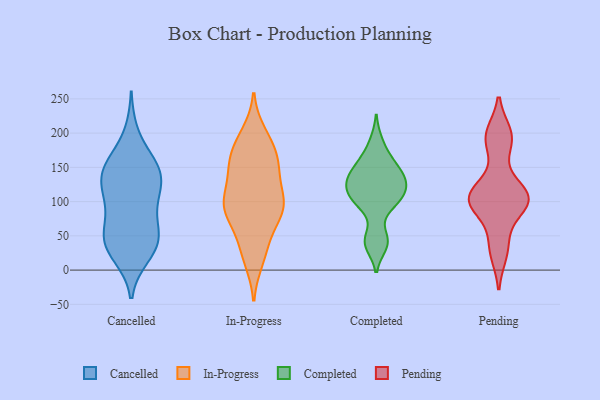
{"axis": {"x": "Shipments", "y": "Value"}, "legend": ["Cancelled", "Completed", "In-Progress", "Pending"], "data": [{"x": "", "y": 100, "type": "Cancelled"}, {"x": "", "y": 34, "type": "Cancelled"}, {"x": "", "y": 147, "type": "Cancelled"}, {"x": "", "y": 23, "type": "Cancelled"}, {"x": "", "y": 199, "type": "Cancelled"}, {"x": "", "y": 94, "type": "Cancelled"}, {"x": "", "y": 55, "type": "Cancelled"}, {"x": "", "y": 128, "type": "Cancelled"}, {"x": "", "y": 46, "type": "Cancelled"}, {"x": "", "y": 153, "type": "Cancelled"}, {"x": "", "y": 56, "type": "Cancelled"}, {"x": "", "y": 101, "type": "Cancelled"}, {"x": "", "y": 149, "type": "Cancelled"}, {"x": "", "y": 21, "type": "Cancelled"}, {"x": "", "y": 128, "type": "Cancelled"}, {"x": "", "y": 153, "type": "Cancelled"}, {"x": "", "y": 49, "type": "Cancelled"}, {"x": "", "y": 45, "type": "Cancelled"}, {"x": "", "y": 117, "type": "Cancelled"}, {"x": "", "y": 150, "type": "Cancelled"}, {"x": "", "y": 93, "type": "In-Progress"}, {"x": "", "y": 199, "type": "In-Progress"}, {"x": "", "y": 161, "type": "In-Progress"}, {"x": "", "y": 100, "type": "In-Progress"}, {"x": "", "y": 150, "type": "In-Progress"}, {"x": "", "y": 137, "type": "In-Progress"}, {"x": "", "y": 88, "type": "In-Progress"}, {"x": "", "y": 93, "type": "In-Progress"}, {"x": "", "y": 147, "type": "In-Progress"}, {"x": "", "y": 100, "type": "In-Progress"}, {"x": "", "y": 87, "type": "In-Progress"}, {"x": "", "y": 101, "type": "In-Progress"}, {"x": "", "y": 15, "type": "In-Progress"}, {"x": "", "y": 157, "type": "In-Progress"}, {"x": "", "y": 182, "type": "In-Progress"}, {"x": "", "y": 42, "type": "In-Progress"}, {"x": "", "y": 24, "type": "In-Progress"}, {"x": "", "y": 65, "type": "In-Progress"}, {"x": "", "y": 187, "type": "In-Progress"}, {"x": "", "y": 124, "type": "Completed"}, {"x": "", "y": 123, "type": "Completed"}, {"x": "", "y": 40, "type": "Completed"}, {"x": "", "y": 161, "type": "Completed"}, {"x": "", "y": 36, "type": "Completed"}, {"x": "", "y": 128, "type": "Completed"}, {"x": "", "y": 96, "type": "Completed"}, {"x": "", "y": 48, "type": "Completed"}, {"x": "", "y": 136, "type": "Completed"}, {"x": "", "y": 131, "type": "Completed"}, {"x": "", "y": 188, "type": "Completed"}, {"x": "", "y": 148, "type": "Completed"}, {"x": "", "y": 157, "type": "Completed"}, {"x": "", "y": 104, "type": "Completed"}, {"x": "", "y": 102, "type": "Completed"}, {"x": "", "y": 103, "type": "Completed"}, {"x": "", "y": 38, "type": "Pending"}, {"x": "", "y": 189, "type": "Pending"}, {"x": "", "y": 95, "type": "Pending"}, {"x": "", "y": 192, "type": "Pending"}, {"x": "", "y": 106, "type": "Pending"}, {"x": "", "y": 103, "type": "Pending"}, {"x": "", "y": 102, "type": "Pending"}, {"x": "", "y": 101, "type": "Pending"}, {"x": "", "y": 120, "type": "Pending"}, {"x": "", "y": 104, "type": "Pending"}, {"x": "", "y": 26, "type": "Pending"}, {"x": "", "y": 198, "type": "Pending"}]}